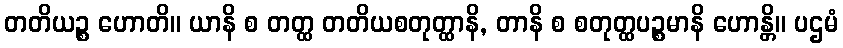
တတိယဉ္စ ဟောတိ။ ယာနိ စ တတ္ထ တတိယစတုတ္ထာနိ, တာနိ စ စတုတ္ထပဉ္စမာနိ ဟောန္တိ။ ပဌမံ